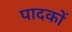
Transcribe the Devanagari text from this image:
पादकों